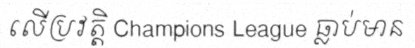
លើប្រវត្តិ Champions League ធ្លាប់មាន